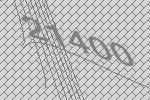
21400